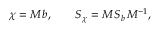
\chi = M \, b , \qquad S _ { \chi } = M \, S _ { b } \, M ^ { - 1 } ,